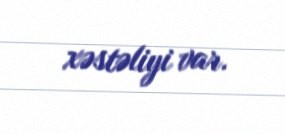
xəstəliyi var.